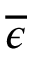
\overline { { \epsilon } }